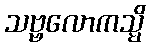
သဗ္ဗလောကသ္မိ